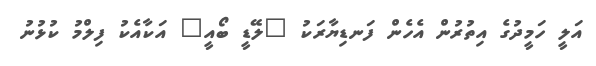
އަލީ ހަމީދުގެ އިތުރުން އެހެން ފަނޑިޔާރަކު "ލޭޑީ ބޯއީ" އަކާއެކު ފިލްމު ކުޅުނު